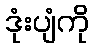
ဒုံးပျံကို